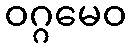
ဝဂ္ဂမေဝ